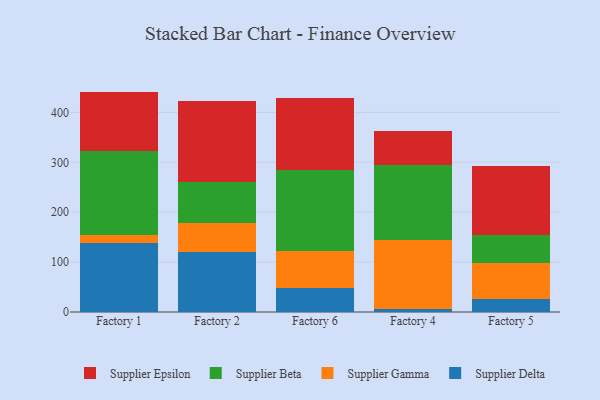
{"axis": {"x": "Factory", "y": "Website Visitors"}, "legend": ["Supplier Beta", "Supplier Delta", "Supplier Epsilon", "Supplier Gamma"], "data": [{"x": "Factory 1", "y": 137.4, "type": "Supplier Delta"}, {"x": "Factory 1", "y": 17.9, "type": "Supplier Gamma"}, {"x": "Factory 1", "y": 166.4, "type": "Supplier Beta"}, {"x": "Factory 1", "y": 120.0, "type": "Supplier Epsilon"}, {"x": "Factory 2", "y": 121.2, "type": "Supplier Delta"}, {"x": "Factory 2", "y": 57.9, "type": "Supplier Gamma"}, {"x": "Factory 2", "y": 80.7, "type": "Supplier Beta"}, {"x": "Factory 2", "y": 163.4, "type": "Supplier Epsilon"}, {"x": "Factory 6", "y": 47.5, "type": "Supplier Delta"}, {"x": "Factory 6", "y": 74.6, "type": "Supplier Gamma"}, {"x": "Factory 6", "y": 162.8, "type": "Supplier Beta"}, {"x": "Factory 6", "y": 143.6, "type": "Supplier Epsilon"}, {"x": "Factory 4", "y": 5.9, "type": "Supplier Delta"}, {"x": "Factory 4", "y": 138.8, "type": "Supplier Gamma"}, {"x": "Factory 4", "y": 149.9, "type": "Supplier Beta"}, {"x": "Factory 4", "y": 69.0, "type": "Supplier Epsilon"}, {"x": "Factory 5", "y": 25.7, "type": "Supplier Delta"}, {"x": "Factory 5", "y": 71.9, "type": "Supplier Gamma"}, {"x": "Factory 5", "y": 57.4, "type": "Supplier Beta"}, {"x": "Factory 5", "y": 138.4, "type": "Supplier Epsilon"}]}